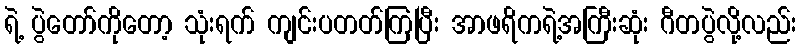
ရဲ့ ပွဲတော်ကိုတော့ သုံးရက် ကျင်းပတတ်ကြပြီး အာဖရိကရဲ့အကြီးဆုံး ဂီတပွဲလို့လည်း